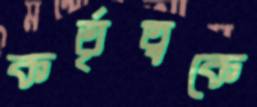
কর্তৃত্বকে